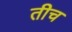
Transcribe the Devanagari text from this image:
तीच